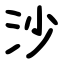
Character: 沙